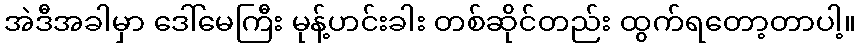
အဲဒီအခါမှာ ဒေါ်မေကြီး မုန့်ဟင်းခါး တစ်ဆိုင်တည်း ထွက်ရတော့တာပါ့။